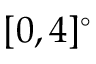
[ 0 , 4 ] ^ { \circ }